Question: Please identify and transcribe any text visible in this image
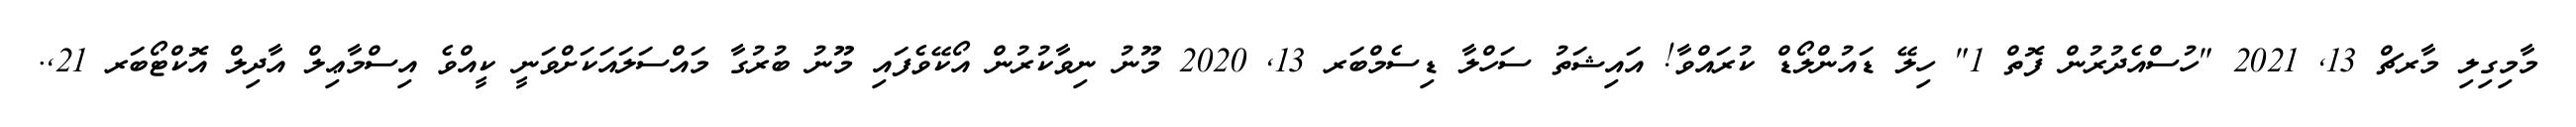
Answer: މާމިގިލި މާރޗް 13, 2021 "ހުސްއެދުރުން ފޮތް 1" ހިލޭ ޑައުންލޯޑް ކުރައްވާ! އައިޝަތު ސަހްލާ ޑިސެމްބަރ 13, 2020 މޫނު ނިވާކުރުން އޯކޭވެފައި މޫނު ބުރުގާ މައްސަލައަކަށްވަނީ ކީއްވެ އިސްމާޢިލް އާދިލް އޮކްޓޯބަރ 21,.